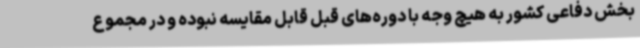
بخش دفاعی کشور به هیچ وجه با دوره‌های قبل قابل مقایسه نبوده و در مجموع